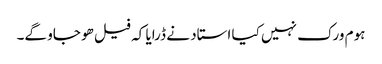
ہوم ورک نہیں کیا استاد نے ڈرایا کہ فیل ھو جاو گے۔